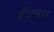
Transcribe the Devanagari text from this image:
हॉटेल्सवर